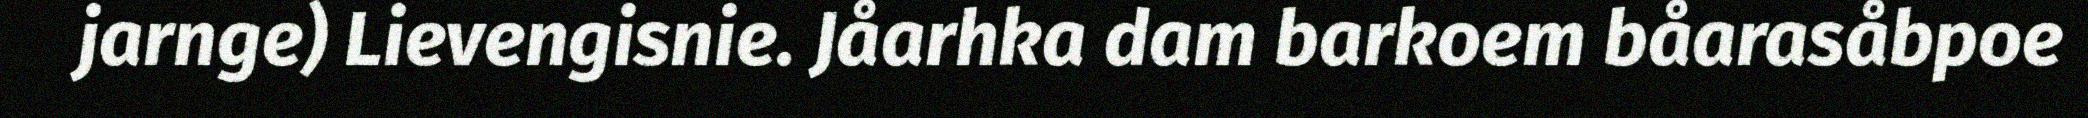
jarnge) Lievengisnie. Jåarhka dam barkoem båarasåbpoe